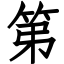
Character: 第